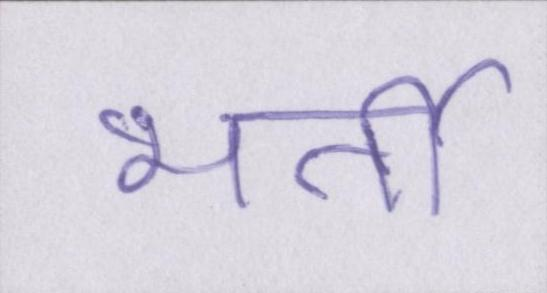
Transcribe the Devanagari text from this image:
भर्ती